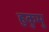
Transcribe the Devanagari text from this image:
हुकुमु